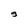
Character: S